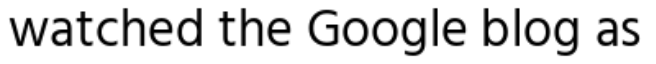
watched the Google blog as